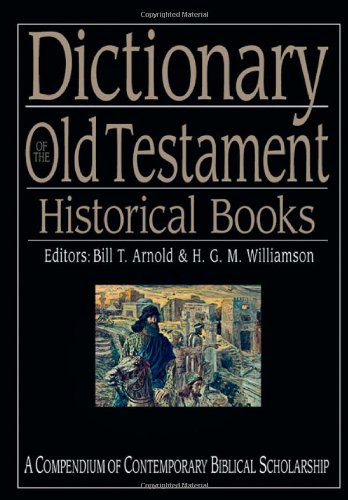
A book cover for Dictionary of the Old Testament: Historical Books (The IVP Bible Dictionary Series); Christian Books & Bibles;